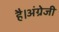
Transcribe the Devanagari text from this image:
है।अंग्रेजी